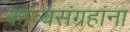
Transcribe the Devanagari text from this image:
काव्यसंग्रहांना